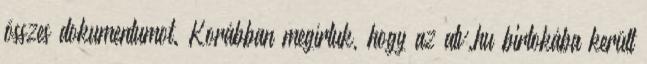
összes dokumentumot. Korábban megírtuk, hogy az atv.hu birtokába került